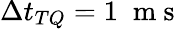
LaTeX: \Delta t_{TQ}=1\; \mathrm{~m~s~}